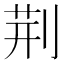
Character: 荆